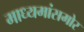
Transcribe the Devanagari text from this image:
माध्यमांसमोर